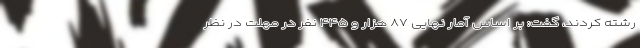
رشته کردند، گفت: بر اساس آمار نهایی ۸۷ هزار و ۴۴۵ نفر در مهلت در نظر